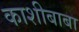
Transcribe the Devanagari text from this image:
काशीबाबा